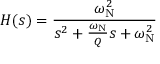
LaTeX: H ( s ) = { \frac { \omega _ { \mathrm { N } } ^ { 2 } } { s ^ { 2 } + { \frac { \omega _ { \mathrm { N } } } { Q } } s + \omega _ { \mathrm { N } } ^ { 2 } } }